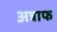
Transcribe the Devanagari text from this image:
अत्राफ